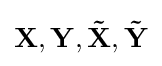
\mathbf {X,Y,{\tilde {X}},{\tilde {Y}}}